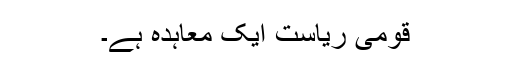
قومی ریاست ایک معاہدہ ہے۔